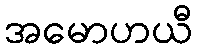
အမောဟယီ